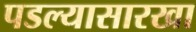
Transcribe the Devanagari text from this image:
पडल्यासारखा